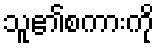
သူ၏စကားကို